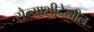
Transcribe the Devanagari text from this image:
सैन्याशीदेखील